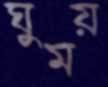
ঘুময়